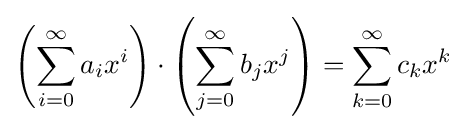
\left(\sum _{i=0}^{\infty }a_{i}x^{i}\right)\cdot \left(\sum _{j=0}^{\infty }b_{j}x^{j}\right)=\sum _{k=0}^{\infty }c_{k}x^{k}